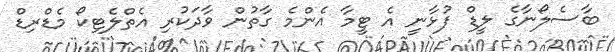
ބާސެލޯނާގެ ލީޑް ފުޅާނީ އެ ޓީމާ އެންމެ ގާތުން ވާދަކުރި އެތްލެޓިކޯ މެޑްރިޑް